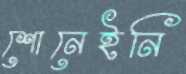
শোনেইনি